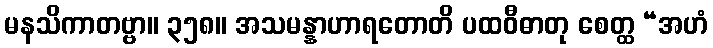
မနသိကာတဗ္ဗာ။ ၃၅၈။ အသမန္နာဟာရတောတိ ပထဝီဓာတု စေတ္ထ “အဟံ